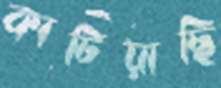
কাটিয়াছি